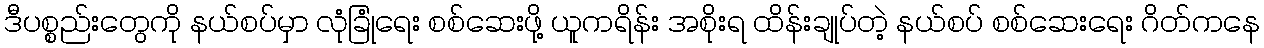
ဒီပစ္စည်းတွေကို နယ်စပ်မှာ လုံခြုံရေး စစ်ဆေးဖို့ ယူကရိန်း အစိုးရ ထိန်းချုပ်တဲ့ နယ်စပ် စစ်ဆေးရေး ဂိတ်ကနေ